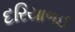
દરિયાળઈ